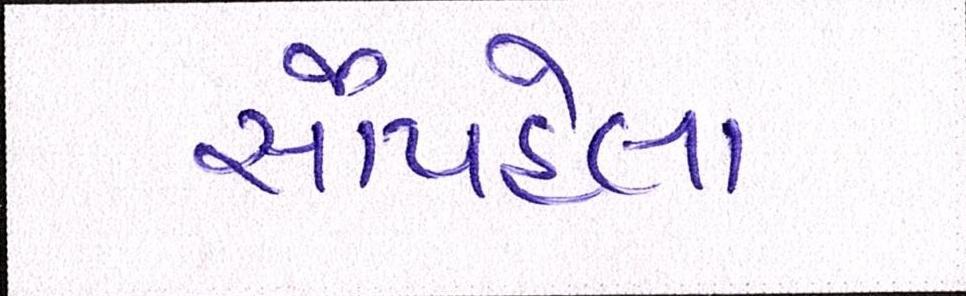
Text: સૌપહેલા